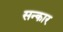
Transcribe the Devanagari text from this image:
सन्कार